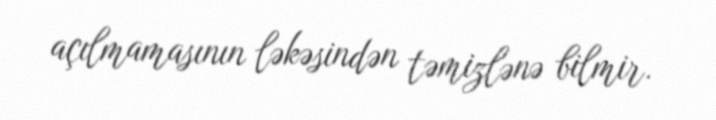
açılmamasının ləkəsindən təmizlənə bilmir.